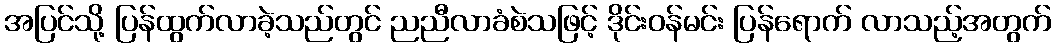
အပြင်သို့ ပြန်ထွက်လာခဲ့သည်တွင် ညညီလာခံစဲသဖြင့် ဒိုင်းဝန်မင်း ပြန်ရောက် လာသည့်အတွက်